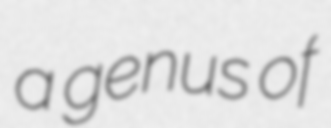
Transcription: a genus of